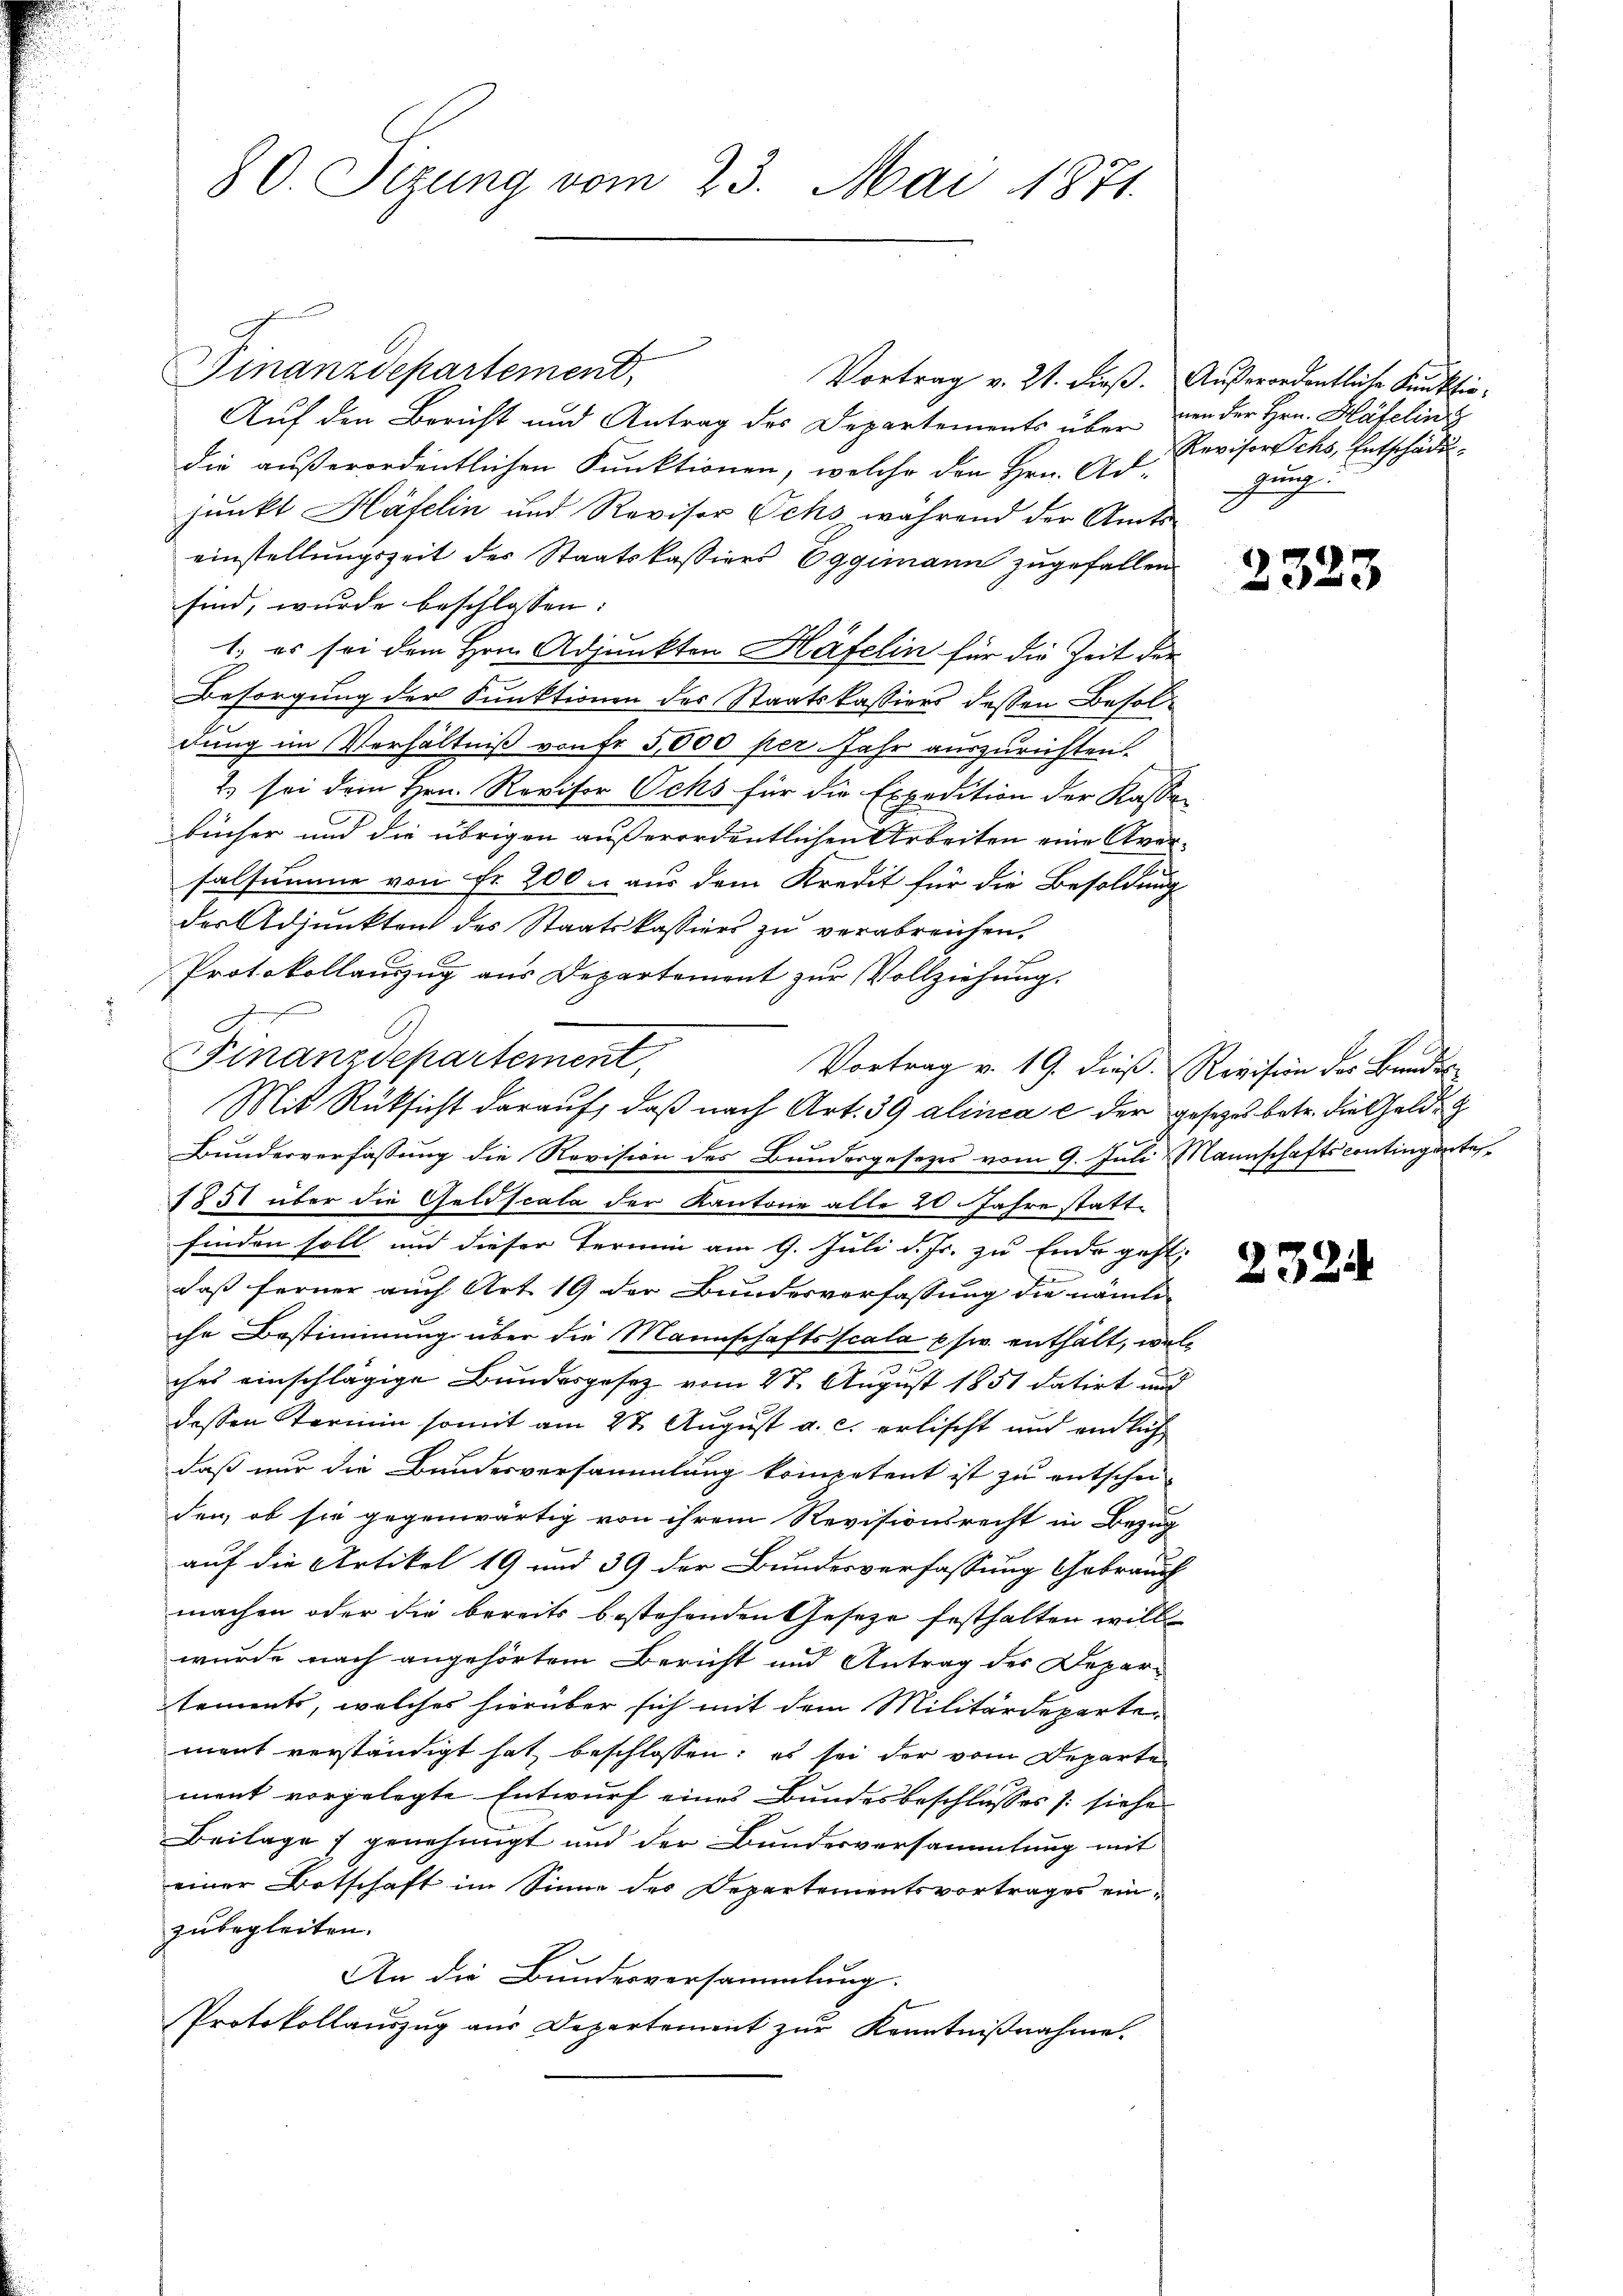
Finanzdepartement,
Auf den Bericht und Antrag des Departements über
die außerordentlichen Funktionen, welche den Hrn. Ad-
junkt Häfelin und Revisor Ochs während der Amts
einstellungszeit des Staatskassiers Eggimann zugefallen.
sind, wurde beschlossen:
1. es sei dem Hrn. Adjunkten Häfelin für die Zeit der
Besorgung der Funktionen des Staatskassiers dessen Besoldung im Verhältniß von fr 5,500 per. Jahr auszurichten.
2) sei dem Hrn. Revisor Ocks für die Expedition der Kassabücher und die übrigen außerordentlichen Arbeiten eine Aversalsumme von Fr. 200 aus dem Kredit für die Besoldung
des Adjunkten des Staatskassiers zu verabreichen.
Protokollauszug aus Departement zur Vollziehung.
Bunderverfassung die Revision des Bundesgesetzes vom 9. Juli Mannschaftscontingerte
1851 über die Geldscala der Kantone alle 20. Jahre stattfinden soll und dieser Termin am 9. Juli d. Js. zu Ende geht.
e
a
daß ferner auch Art. 19 der Bundesverfassung die nämliche Bestimmung über die Mannschaftsscala usw. enthält, wel¬
3
ches einschlägige Bundesgesetz vom 27. August 1851 datirt und
dessen Termin somit am 27. August a. c. erlischt und endlich
daß nur die Bundesversammlung kompetent ist zu entschie-
den, ob sie gegenwärtig von ihrem Revisionsrecht in Bezug
auf die Artikel 19 und 39 der Bundesverfassung Gebrauch
machen oder die bereits bestehenden Gesetze festhalten will
wurde nach angehörtem Bericht und Antrag des Depar-
tements, welches hierüber sich mit dem Militärdeparte
ment verständigt hat beschlossen: es sei der vom Departe
ment vorgelegte Entwurf eines Bundesbeschlusses /: siehe
Beilage genehmigt und der Bundesversammlung mit
einer Botschaft im Sinne des Departementsvortrages einzubegleiten.
An die Bundesversammlung.
Protokollauszug aus Departement zur Kenntnißnahme.

80. Sizung vom 23. Mai 1871.

Finanzdepartement,
Mit Rüksicht darauf, daß nach Art. 39 alinea e der gesetzes betr. die Gelde

Vortrag v. 19. dieβ.  Revision der Bundes

Vortrag v. 21. dieß. Außerordentliche Kunktio¬

nen der Hrn. Häfelin
Revisorchs, Entschädigung.

2323

23.